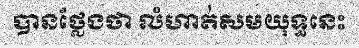
បានថ្លែងថា លំហាត់សមយុទ្ធនេះ